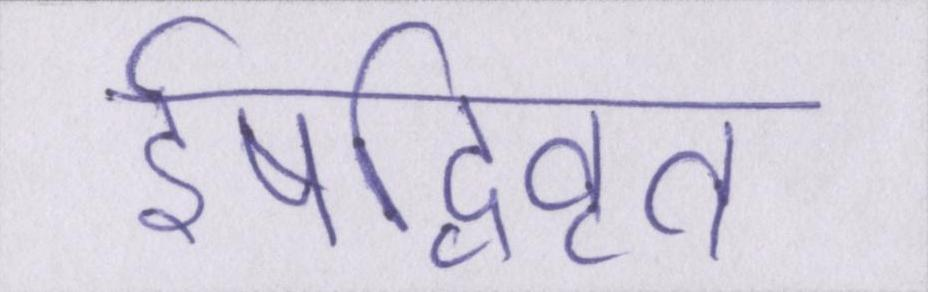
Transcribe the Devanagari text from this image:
ईषद्विवृत